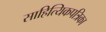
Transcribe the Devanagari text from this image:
साहित्यिकपत्रिका